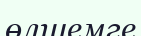
өлшемге